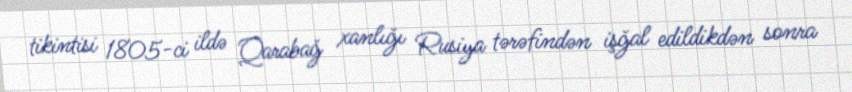
tikintisi 1805-ci ildə Qarabağ xanlığı Rusiya tərəfindən işğal edildikdən sonra